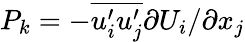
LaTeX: P_{k}=-\overline{{u_{i}^{\prime}u_{j}^{\prime}}}{\partial U_{i}/\partial x_{j}}